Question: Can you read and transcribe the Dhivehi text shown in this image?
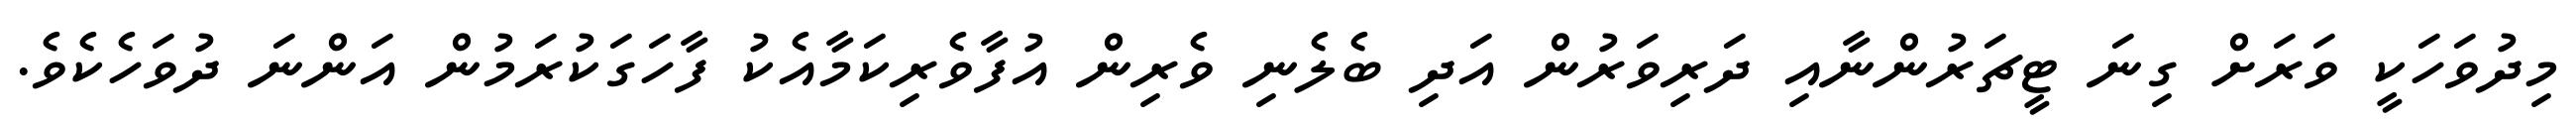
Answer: މިދުވަހަކީ ވަރަށް ގިނަ ޓީޗަރުންނާއި ދަރިވަރުން އަދި ބެލެނި ވެރިން އުފާވެރިކަމާއެކު ފާހަގަކުރަމުން އަންނަ ދުވަހެކެވެ.